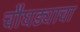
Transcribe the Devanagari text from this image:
चौघड्याचा